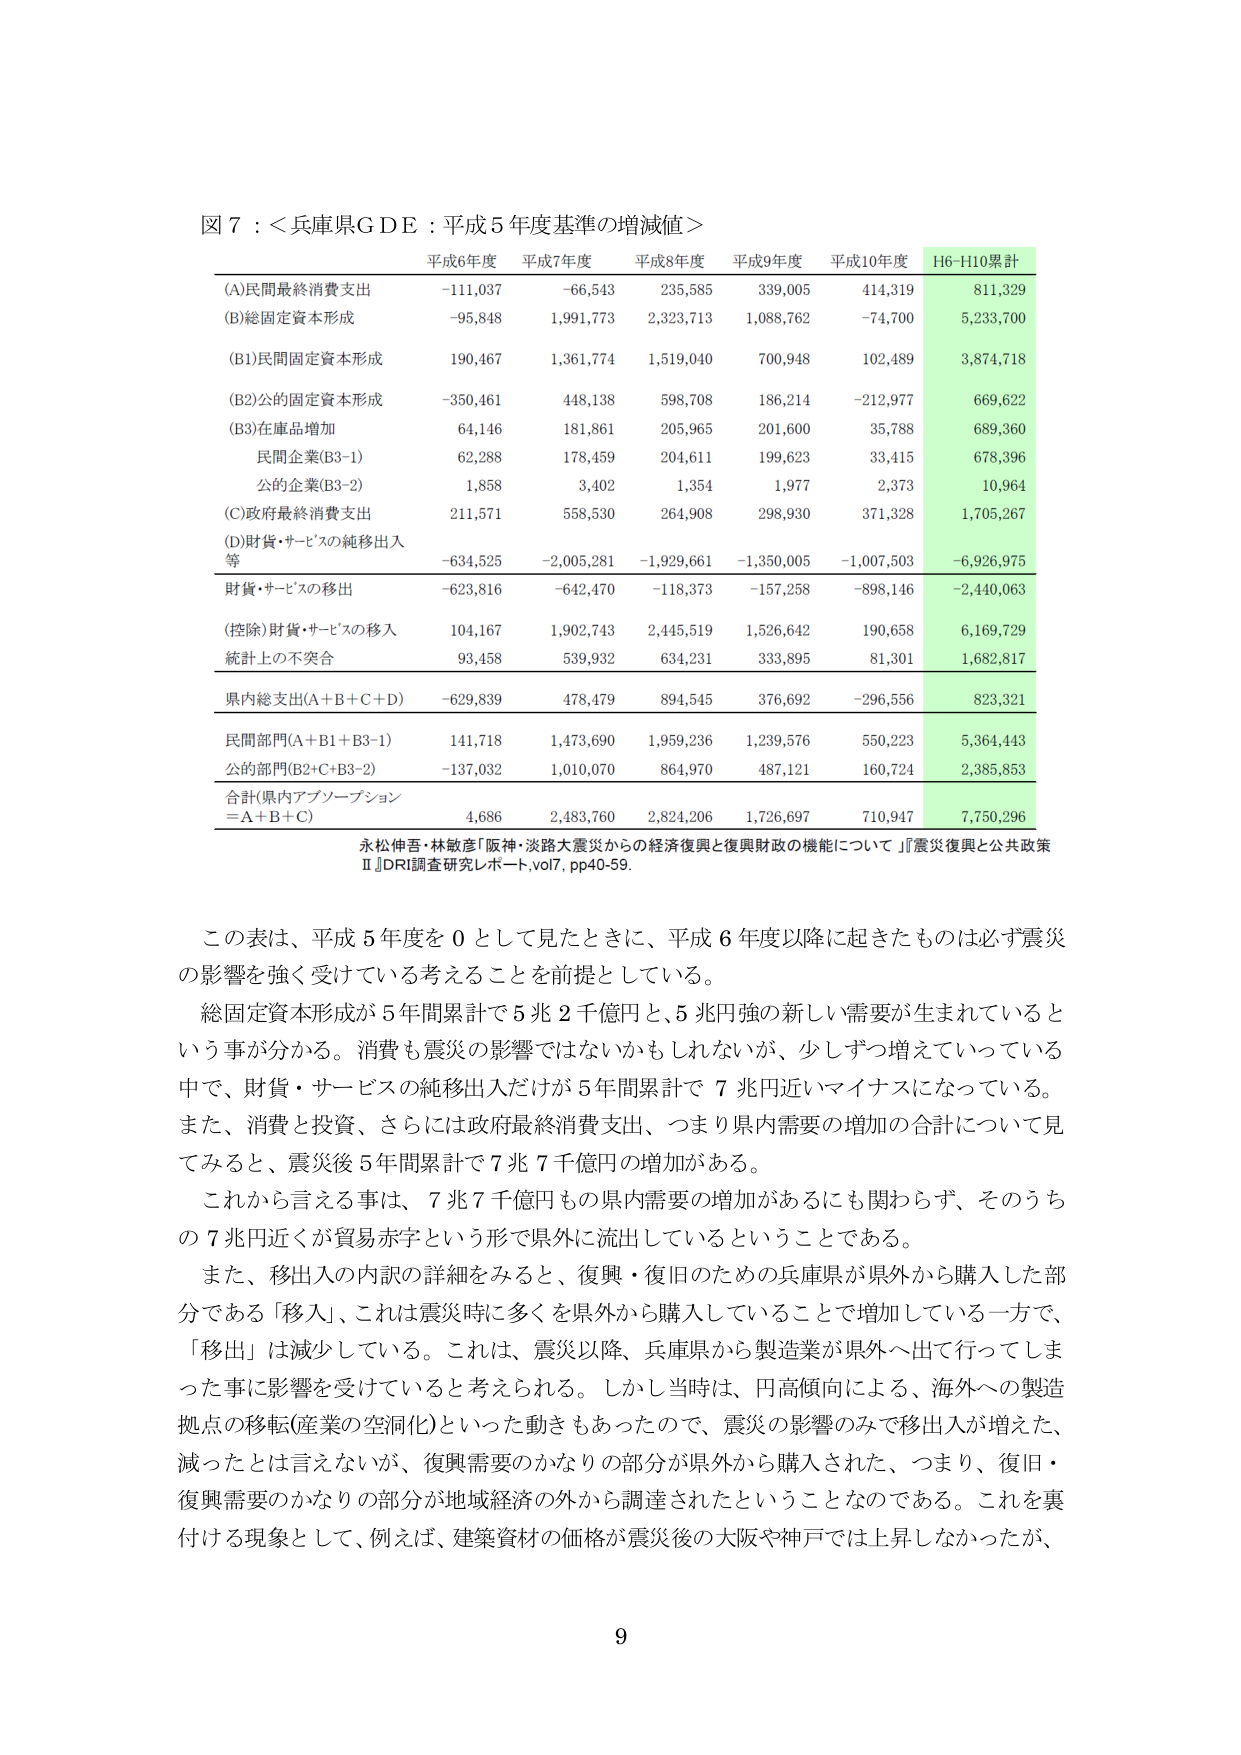
図７：＜兵庫県ＧＤＥ：平成５年度基準の増減値＞

平成6年度　平成7年度　平成8年度　平成9年度　平成10年度　H6-H10累計

(A)民間最終消費支出　　　-111,037　　-66,543　　235,585　　339,005　　414,319　　811,329
(B)総固定資本形成　　　　-95,848　　1,991,773　　2,323,713　　1,088,762　　-74,700　　5,233,700

(B1)民間固定資本形成　　　190,467　　1,361,774　　1,519,040　　700,948　　102,489　　3,874,718
(B2)公的固定資本形成　　　-350,461　　448,138　　598,708　　186,214　　-212,977　　669,622
(B3)在庫品増加　　　　　　64,146　　181,861　　205,965　　201,600　　35,788　　689,360
　　民間企業(B3-1)　　　　62,288　　178,459　　204,611　　199,623　　33,415　　678,396
　　公的企業(B3-2)　　　　1,858　　3,402　　1,354　　1,977　　2,373　　10,964
(C)政府最終消費支出　　　211,571　　558,530　　264,908　　298,930　　371,328　　1,705,267
(D)財貨・サービスの純移出入等　　　-634,525　　-2,005,281　　-1,929,661　　-1,350,005　　-1,007,503　　-6,926,975
　　財貨・サービスの移出　　　-623,816　　-642,470　　-118,373　　-157,258　　-898,146　　-2,440,063
　　(控除)財貨・サービスの移入　　104,167　　1,902,743　　2,445,519　　1,526,642　　190,658　　6,169,729
　　統計上の不突合　　　　93,458　　539,932　　634,231　　333,895　　81,301　　1,682,817

県内総支出(A＋B＋C＋D)　　-629,839　　478,479　　894,545　　376,692　　-296,556　　823,321

民間部門(A＋B1＋B3-1)　　141,718　　1,473,690　　1,959,236　　1,239,576　　550,223　　5,364,443
公的部門(B2＋C＋B3-2)　　-137,032　　1,010,070　　864,970　　487,121　　160,724　　2,385,853

合計(県内アブソーブション＝A＋B＋C)　　4,686　　2,483,760　　2,824,206　　1,726,697　　710,947　　7,750,296

永松伸吾・林敏彦「阪神・淡路大震災からの経済復興と復興財政の機能について」『震災復興と公共政策Ⅱ』DRI調査研究レポート、vol7、pp40-59。

この表は、平成５年度を０として見たときに、平成６年度以降に起きたものは必ず震災の影響を強く受けている考えることを前提としている。
総固定資本形成が５年間累計で５兆２千億円と、５兆円強の新しい需要が生まれているという事が分かる。消費も震災の影響ではないかもしれないが、少しずつ増えていっている中で、財貨・サービスの純移出入だけが５年間累計で７兆円近いマイナスになっている。また、消費と投資、さらには政府最終消費支出、つまり県内需要の増加の合計について見てみると、震災後５年間累計で７兆７千億円の増加がある。
これから言える事は、７兆７千億円もの県内需要の増加があるにも関わらず、そのうちの７兆円近くが貿易赤字という形で県外に流出しているということである。
また、移出入の内訳の詳細をみると、復興・復旧のための兵庫県が県外から購入した部分である「移入」、これは震災時に多くを県外から購入していることで増加している一方で、「移出」は減少している。これは、震災以降、兵庫県から製造業が県外へ出て行ってしまった事に影響を受けていると考えられる。しかし当時は、円高傾向による、海外への製造拠点の移転(産業の空洞化)といった動きもあったので、震災の影響のみで移出入が増えた、減ったとは言えないが、復興需要のかなりの部分が県外から購入された、つまり、復旧・復興需要のかなりの部分が地域経済の外から調達されたということなのである。これを裏付ける現象として、例えば、建築資材の価格が震災後の大阪や神戸では上昇しなかったが、

9